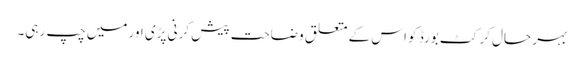
بہر حال کرکٹ بورڈ کو اس کے متعلق وضاحت پیش کرنی پڑی اور میں چپ رہی۔